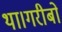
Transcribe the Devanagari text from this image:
था।गरीबों